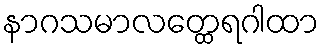
နာဂသမာလတ္ထေရဂါထာ